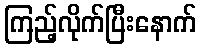
ကြည့်လိုက်ပြီးနောက်